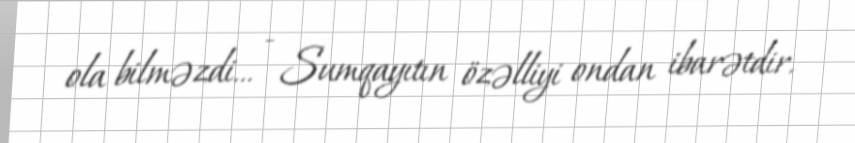
ola bilməzdi... - Sumqayıtın özəlliyi ondan ibarətdir.